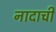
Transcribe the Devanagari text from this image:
नादाची